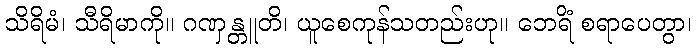
သိရိမံ၊ သီရိမာကို။ ဂဏှန္တူတိ၊ ယူစေကုန်သတည်းဟု။ ဘေရိံ စရာပေတွာ၊